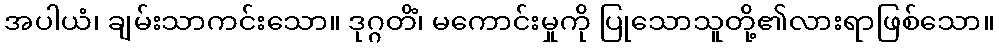
အပါယံ၊ ချမ်းသာကင်းသော။ ဒုဂ္ဂတိံ၊ မကောင်းမှုကို ပြုသောသူတို့၏လားရာဖြစ်သော။